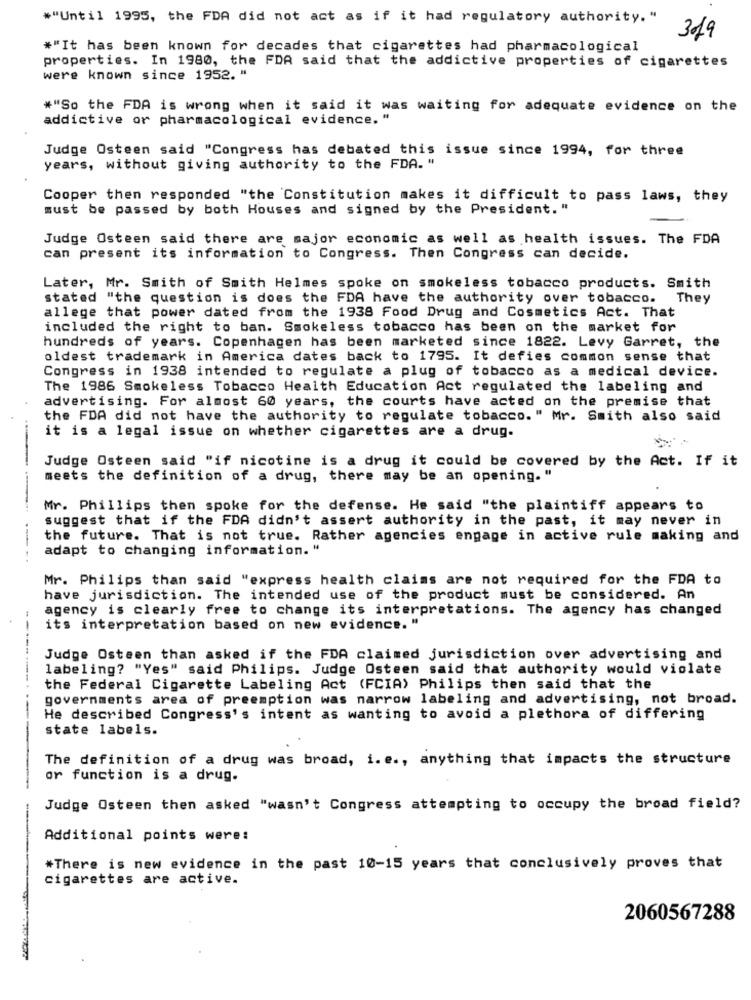
*"Until 1995, the FDA did not act as if it had regulatory authority. "
319
#"It has been known for decades that cigarettes had pharmacological
properties. In 1980, the FDA said that the addictive properties of cigarettes
were known since 1952. "
*"So the FDA is wrong when it said it was waiting for adequate evidence on the
addictive or pharmacological evidence. "
Judge Osteen said "Congress has debated this issue since 1994, for three
years, without giving authority to the FDA. "
Cooper then responded "the Constitution makes it difficult to pass laws, they
must be passed by both Houses and signed by the President. "
Judge Osteen said there are major economic as well as health issues. The FDA
can present its information to Congress. Then Congress can decide.
Later, Mr. Smith of Smith Helmes spoke on smokeless tobacco products. Smith
stated "the question is does the FDA have the authority over tobacco. They
allege that power dated from the 1938 Food Drug and Cosmetics Act. That
included the right to ban. Smokeless tobacco has been on the market for
hundreds of years. Copenhagen has been marketed since 1822. Levy Garret, the
oldest trademark in America dates back to 1795. It defies common sense that
Congress in 1938 intended to regulate a plug of tobacco as a medical device.
The 1986 Smokeless Tobacco Health Education Act regulated the labeling and
advertising. For almost 60 years, the courts have acted on the premise that
the FDA did not have the authority to regulate tobacco." Mr. Smith also said
it is a legal issue on whether cigarettes are a drug.
Judge Osteen said "if nicotine is a drug it could be covered by the Act. If it
meets the definition of a drug, there may be an opening. "
Mr. Phillips then spoke for the defense. He said "the plaintiff appears to
suggest that if the FDA didn't assert authority in the past, it may never in
the future. That is not true. Rather agencies engage in active rule making and
adapt to changing information. "
Mr. Philips than said "express health claims are not required for the FDA to
have jurisdiction. The intended use of the product must be considered. An
agency is clearly free to change its interpretations. The agency has changed
its interpretation based on new evidence. "
Judge Osteen than asked if the FDA claimed jurisdiction over advertising and
labeling? "Yes" said Philips. Judge Osteen said that authority would violate
the Federal Cigarette Labeling Act (FCIA) Philips then said that the
governments area of preemption was narrow labeling and advertising, not broad.
He described Congress's intent as wanting to avoid a plethora of differing
state labels.
The definition of a drug was broad, i. e ., anything that impacts the structure
or function is a drug.
Judge Osteen then asked "wasn't Congress attempting to occupy the broad field?
Additional points were:
#There is new evidence in the past 10-15 years that conclusively proves that
cigarettes are active.
2060567288